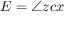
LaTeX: E = \angle z c x